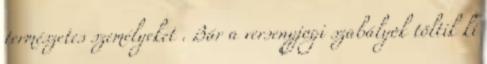
természetes személyeket . Bár a versenyjogi szabályok töltik ki